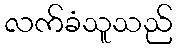
လက်ခံသူသည်